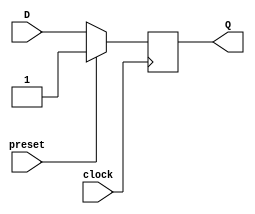
module async_preset_d_ff(input D, input preset, input clock, output reg Q);

always @ (posedge clock) begin
    if (preset)
        Q <= 1;
    else
        Q <= D;
end

endmodule